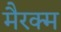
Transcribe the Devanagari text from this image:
मैरक्म